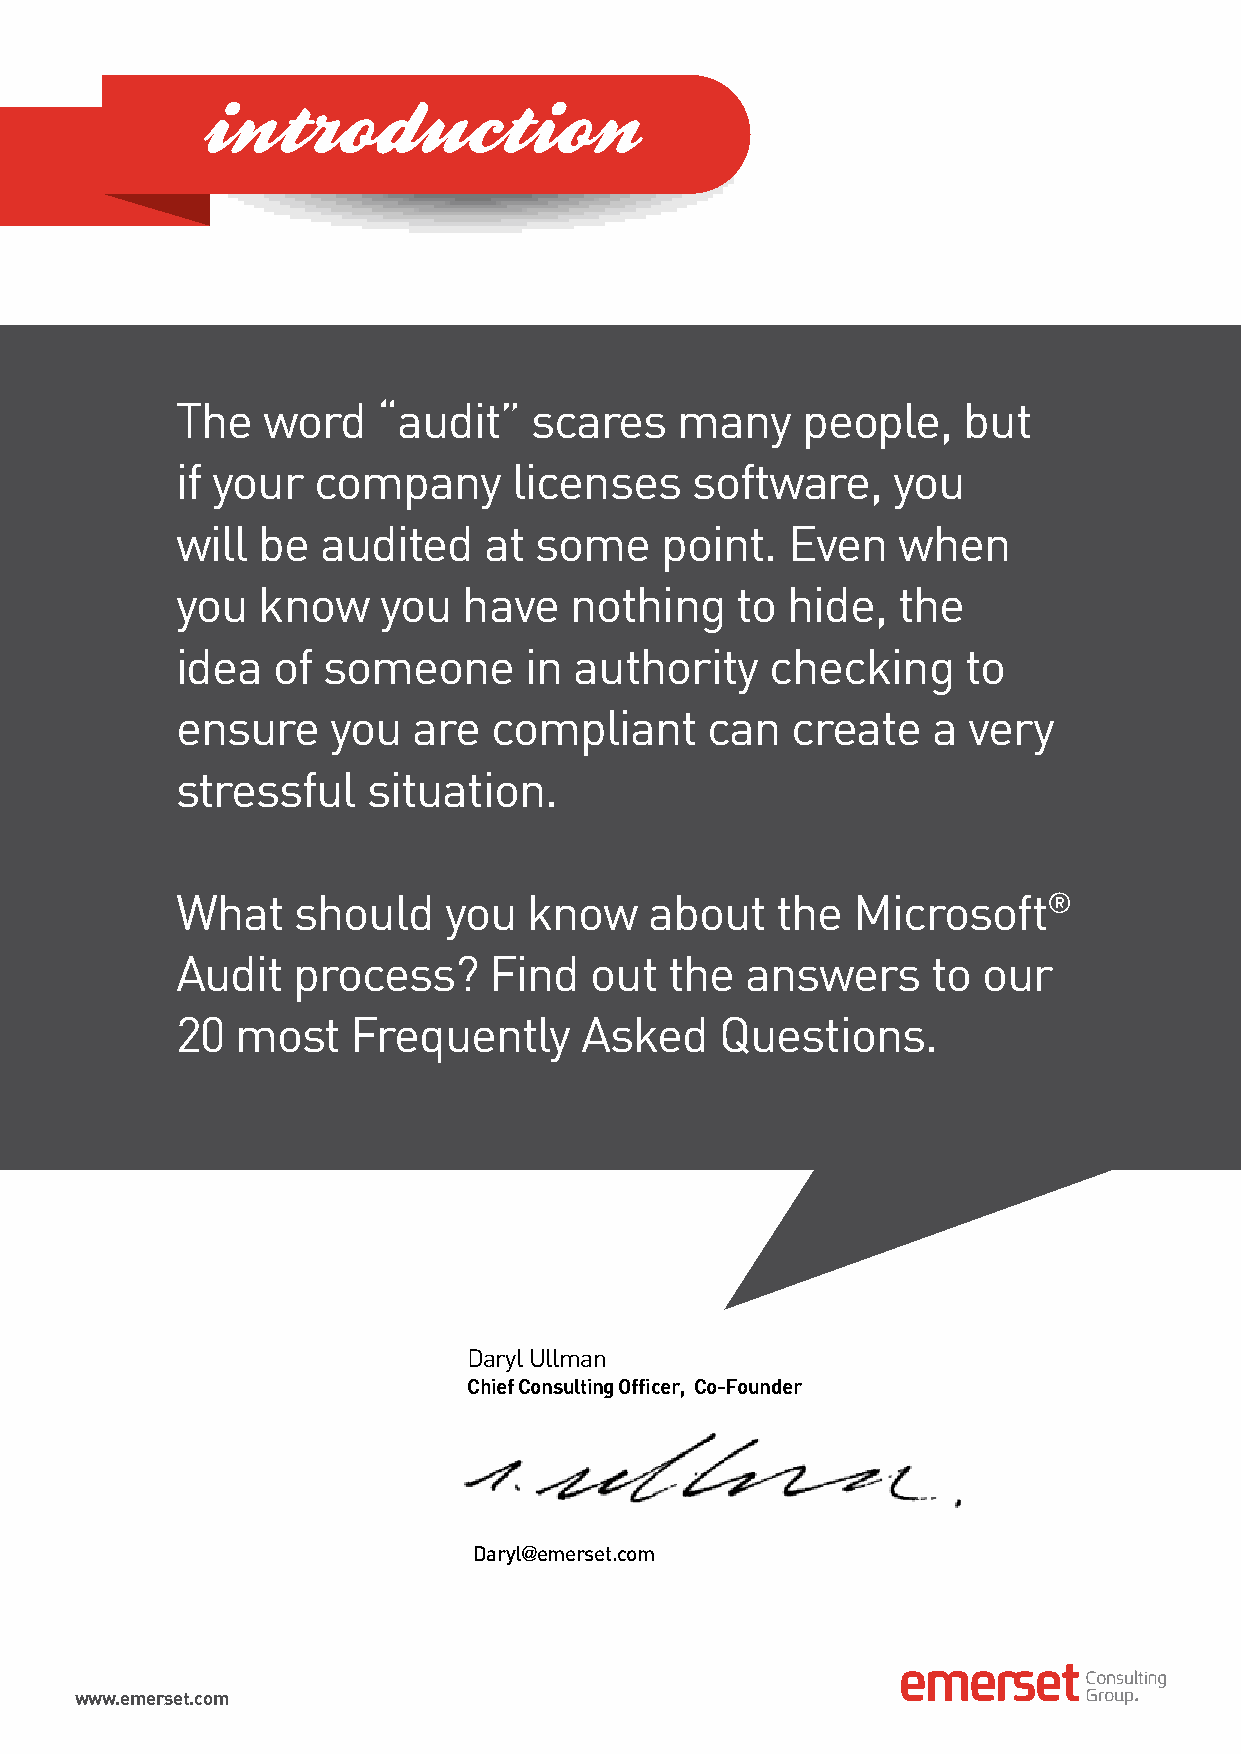
The  word    “audit”   scares    many    people,    but
 if your  company      licenses    software,    you
 will be  audited    at some     point.  Even   when
 you  know    you   have   nothing    to hide,  the
 idea  of someone       in authority    checking     to
 ensure    you  are  compliant      can  create    a very
 stressful   situation.
 What   should    you   know    about   the  Microsoft®
 Audit  process?     Find   out  the  answers      to our
 20  most   Frequently      Asked    Questions.
 Daryl Ullman
 Chief Consulting Officer, Co-Founder
 Daryl@emerset.com
 www.emerset.com